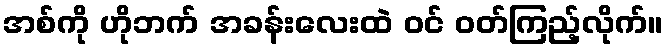
အစ်ကို ဟိုဘက် အခန်းလေးထဲ ဝင် ဝတ်ကြည့်လိုက်။